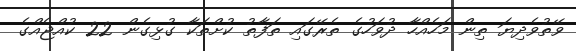
ވޭތުވެދިޔަ ތިން މަހެއްހާ ދުވަހުގެ ތެރޭގައި ތަފާތު ކުށްތަކާ ގުޅިގެން 22 ކުއްޖެއްގެ